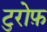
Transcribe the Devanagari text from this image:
टुरोफ़